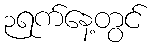
၃ရက်နေ့တွင်